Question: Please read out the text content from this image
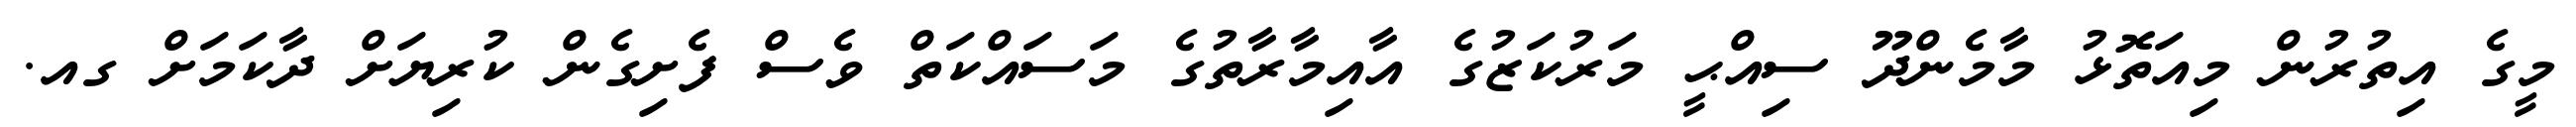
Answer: މީގެ އިތުރުން މިއަތޮޅު މާމެންދޫ ސިއްޙީ މަރުކަޒުގެ އާއިމާރާތުގެ މަސައްކަތް ވެސް ފެށިގެން ކުރިޔަށް ދާކަމަށް ގއ.